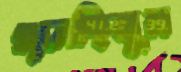
গুনেছিলুম